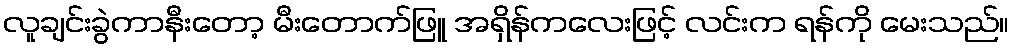
လူချင်းခွဲကာနီးတော့ မီးတောက်ဖြူ အရှိန်ကလေးဖြင့် လင်းက ရန်ကို မေးသည်။